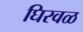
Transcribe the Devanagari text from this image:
घिरवळ